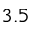
3 . 5